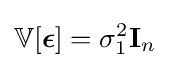
\mathbb {V} [{\boldsymbol {\epsilon }}]=\sigma _{1}^{2}\mathbf {I} _{n}